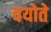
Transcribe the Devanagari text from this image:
चयोते